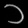
Digit: ၁